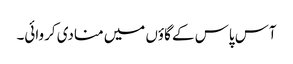
آس پاس کے گاؤں میں منادی کروائی۔